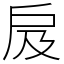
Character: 㧀